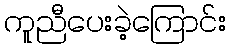
ကူညီပေးခဲ့ကြောင်း